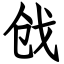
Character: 戗